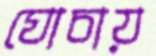
ঘোচায়